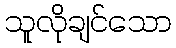
သူလိုချင်သော